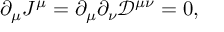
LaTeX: \partial _ { \mu } J ^ { \mu } = \partial _ { \mu } \partial _ { \nu } { \mathcal { D } } ^ { \mu \nu } = 0 ,